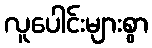
လူပေါင်းများစွာ